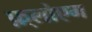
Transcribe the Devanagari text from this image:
फ़्लोएम